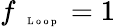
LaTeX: f_{\mathrm{~\tiny~\textnormal~{~L~o~o~p~}~}}=1